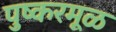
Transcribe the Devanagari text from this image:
पुष्करमूळ